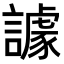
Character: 𧬷